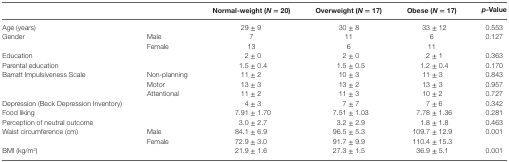
<table><thead><tr><td></td><td></td><td><b>Normal-weight (<i>N</i> = 20)</b></td><td><b>Overweight (<i>N</i> = 17)</b></td><td><b>Obese (<i>N</i> = 17)</b></td><td><b><i>p</i>-Value</b></td></tr></thead><tbody><tr><td>Age (years)</td><td></td><td>29 ± 9</td><td>30 ± 8</td><td>33 ± 12</td><td>0.553</td></tr><tr><td>Gender</td><td>Male</td><td>7</td><td>11</td><td>6</td><td>0.127</td></tr><tr><td></td><td>Female</td><td>13</td><td>6</td><td>11</td><td></td></tr><tr><td>Education</td><td></td><td>2 ± 0</td><td>2 ± 0</td><td>2 ± 1</td><td>0.363</td></tr><tr><td>Parental education</td><td></td><td>1.5 ± 0.4</td><td>1.5 ± 0.5</td><td>1.2 ± 0.4</td><td>0.170</td></tr><tr><td>Barratt Impulsiveness Scale</td><td>Non-planning</td><td>11 ± 2</td><td>10 ± 3</td><td>11 ± 3</td><td>0.843</td></tr><tr><td></td><td>Motor</td><td>13 ± 3</td><td>13 ± 2</td><td>13 ± 3</td><td>0.957</td></tr><tr><td></td><td>Attentional</td><td>11 ± 2</td><td>11 ± 3</td><td>10 ± 2</td><td>0.727</td></tr><tr><td>Depression (Beck Depression Inventory)</td><td></td><td>4 ± 3</td><td>7 ± 7</td><td>7 ± 6</td><td>0.342</td></tr><tr><td>Food liking</td><td></td><td>7.91 ± 1.70</td><td>7.51 ± 1.03</td><td>7.78 ± 1.36</td><td>0.281</td></tr><tr><td>Perception of neutral outcome</td><td></td><td>3.0 ± 2.7</td><td>3.2 ± 2.9</td><td>1.8 ± 1.8</td><td>0.463</td></tr><tr><td>Waist circumference (cm)</td><td>Male</td><td>84.1 ± 6.9</td><td>96.5 ± 5.3</td><td>109.7 ± 12.9</td><td>0.001</td></tr><tr><td></td><td>Female</td><td>72.9 ± 3.0</td><td>91.7 ± 9.9</td><td>110.4 ± 15.3</td><td></td></tr><tr><td>BMI (kg/m<sup>2</sup>)</td><td></td><td>21.9 ± 1.6</td><td>27.3 ± 1.5</td><td>36.9 ± 5.1</td><td>0.001</td></tr></tbody></table>